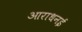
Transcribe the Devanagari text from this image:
आराधनई